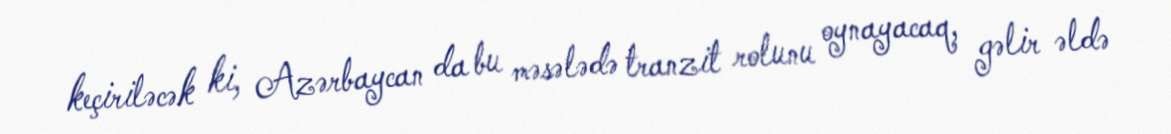
keçiriləcək ki, Azərbaycan da bu məsələdə tranzit rolunu oynayacaq, gəlir əldə